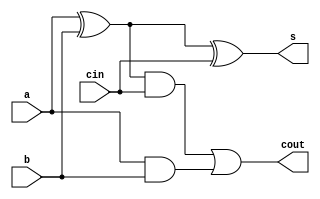
module adder_1(s,cin,a,b,cout); //?????
  input  a,b,cin;
  output s,cout;
  wire   x,s2,s3;
  xor u0(x,a,b);
  xor u1(s,x,cin);
  and u2(s2,x,cin);
  and u3(s3,a,b);
  or  u4(cout,s2,s3);
endmodule

module adder_ahead_4(A,B,CIN,S,COUT);//?????????
  input [3:0]  A,B;
  input        CIN;
  output[3:0]  S;
  output       COUT;
  wire  [2:0]  C,P,G;
  assign G[0]=A[0]&B[0];
  assign P[0]=A[0]^B[0];
  assign G[1]=A[1]&B[1];
  assign P[1]=A[1]^B[1];
  assign G[2]=A[2]&B[2];
  assign P[2]=A[2]^B[2];
  assign C[0]=(P[0]&&CIN)||G[0];
  assign C[1]=G[1]||(P[1]&&G[0])||(P[1]&&P[0]&&CIN);
  assign C[2]=G[2]||(P[2]&&G[1])||(P[2]&&P[1]&&G[0])||(P[2]&&P[1]&&P[0]&&CIN);
  adder_1 uo(.s(S[0]),.cin(CIN),.a(A[0]),.b(B[0]));
  adder_1 u1(.s(S[1]),.cin(C[0]),.a(A[1]),.b(B[1]));
  adder_1 u2(.s(S[2]),.cin(C[1]),.a(A[2]),.b(B[2]));
  adder_1 u3(.s(S[3]),.cin(C[2]),.a(A[3]),.b(B[3]),.cout(COUT));
endmodule

module adder32(A,B,CIN,S,COUT);
input[31:0] A,B;
input CIN;
output[31:0] S;
output COUT;
wire[6:0] ci;
adder_ahead_4 a0(A[3:0],B[3:0],CIN,S[3:0],ci[0]);
adder_ahead_4 a1(A[7:4],B[7:4],ci[0],S[7:4],ci[1]);
adder_ahead_4 a2(A[11:8],B[11:8],ci[1],S[11:8],ci[2]);
adder_ahead_4 a3(A[15:12],B[15:12],ci[2],S[15:12],ci[3]);
adder_ahead_4 a4(A[19:16],B[19:16],ci[3],S[19:16],ci[4]);
adder_ahead_4 a5(A[23:20],B[23:20],ci[4],S[23:20],ci[5]);
adder_ahead_4 a6(A[27:24],B[27:24],ci[5],S[27:24],ci[6]);
adder_ahead_4 a7(A[31:28],B[31:28],ci[6],S[31:28],COUT);
endmodule

module ALU_adder(A,B,ALUFun,Sign,S,Z,N,V);
  input[31:0]  A;
  input[31:0]  B;
  input[5:0]   ALUFun;
  input        Sign;//Sign=1,???
  output[31:0] S;
  output       Z;
  output reg   V;//V=1???
  output reg      N;//N=1,????
  
  wire[31:0]   input_B;
  wire         Cin;
  assign input_B=ALUFun[0]?(~B):B;
  assign Cin=ALUFun[0];
  adder32 ad32(.A(A),.B(input_B),.CIN(Cin),.S(S),.COUT(COUT));
  always @(*)
  begin
    if(Sign)
      begin
        if(ALUFun[0])
          V=((A[31]^B[31])&(B[31]^~S[31]))?1'b1:1'b0;
        else
          V=((A[31]^~B[31])&(B[31]^S[31]))?1'b1:1'b0;
      end
    else
      V=1'b0;
  end
  
  assign Z=(S==32'd0)?1'b1:1'b0;
  
  always @(*)
  begin
    if(Sign)
      N=(S[31]&~V)|(~S[31]&V);//???????
    else
      N=ALUFun[0]&~COUT;
  end      
    
endmodule